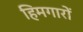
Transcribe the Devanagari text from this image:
हिमगारों